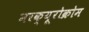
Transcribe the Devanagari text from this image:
मरक्यूरोक्रोम